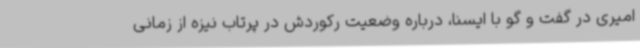
امیری در گفت و گو با ایسنا، درباره وضعیت رکوردش در پرتاب نیزه از زمانی